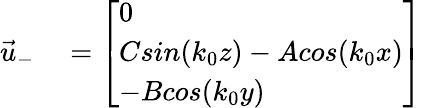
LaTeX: \begin{array}{rl}{\vec{u}_{-}}&{{}=\left[\begin{array}{l}{0}\\ {Csin(k_{0}z)-Acos(k_{0}x)}\\ {-Bcos(k_{0}y)}\end{array}\right]}\end{array}